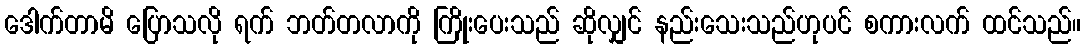
ဒေါက်တာမိ ပြောသလို ရက် ဘတ်တလာကို ကြိုးပေးသည် ဆိုလျှင် နည်းသေးသည်ဟုပင် စကားလက် ထင်သည်။